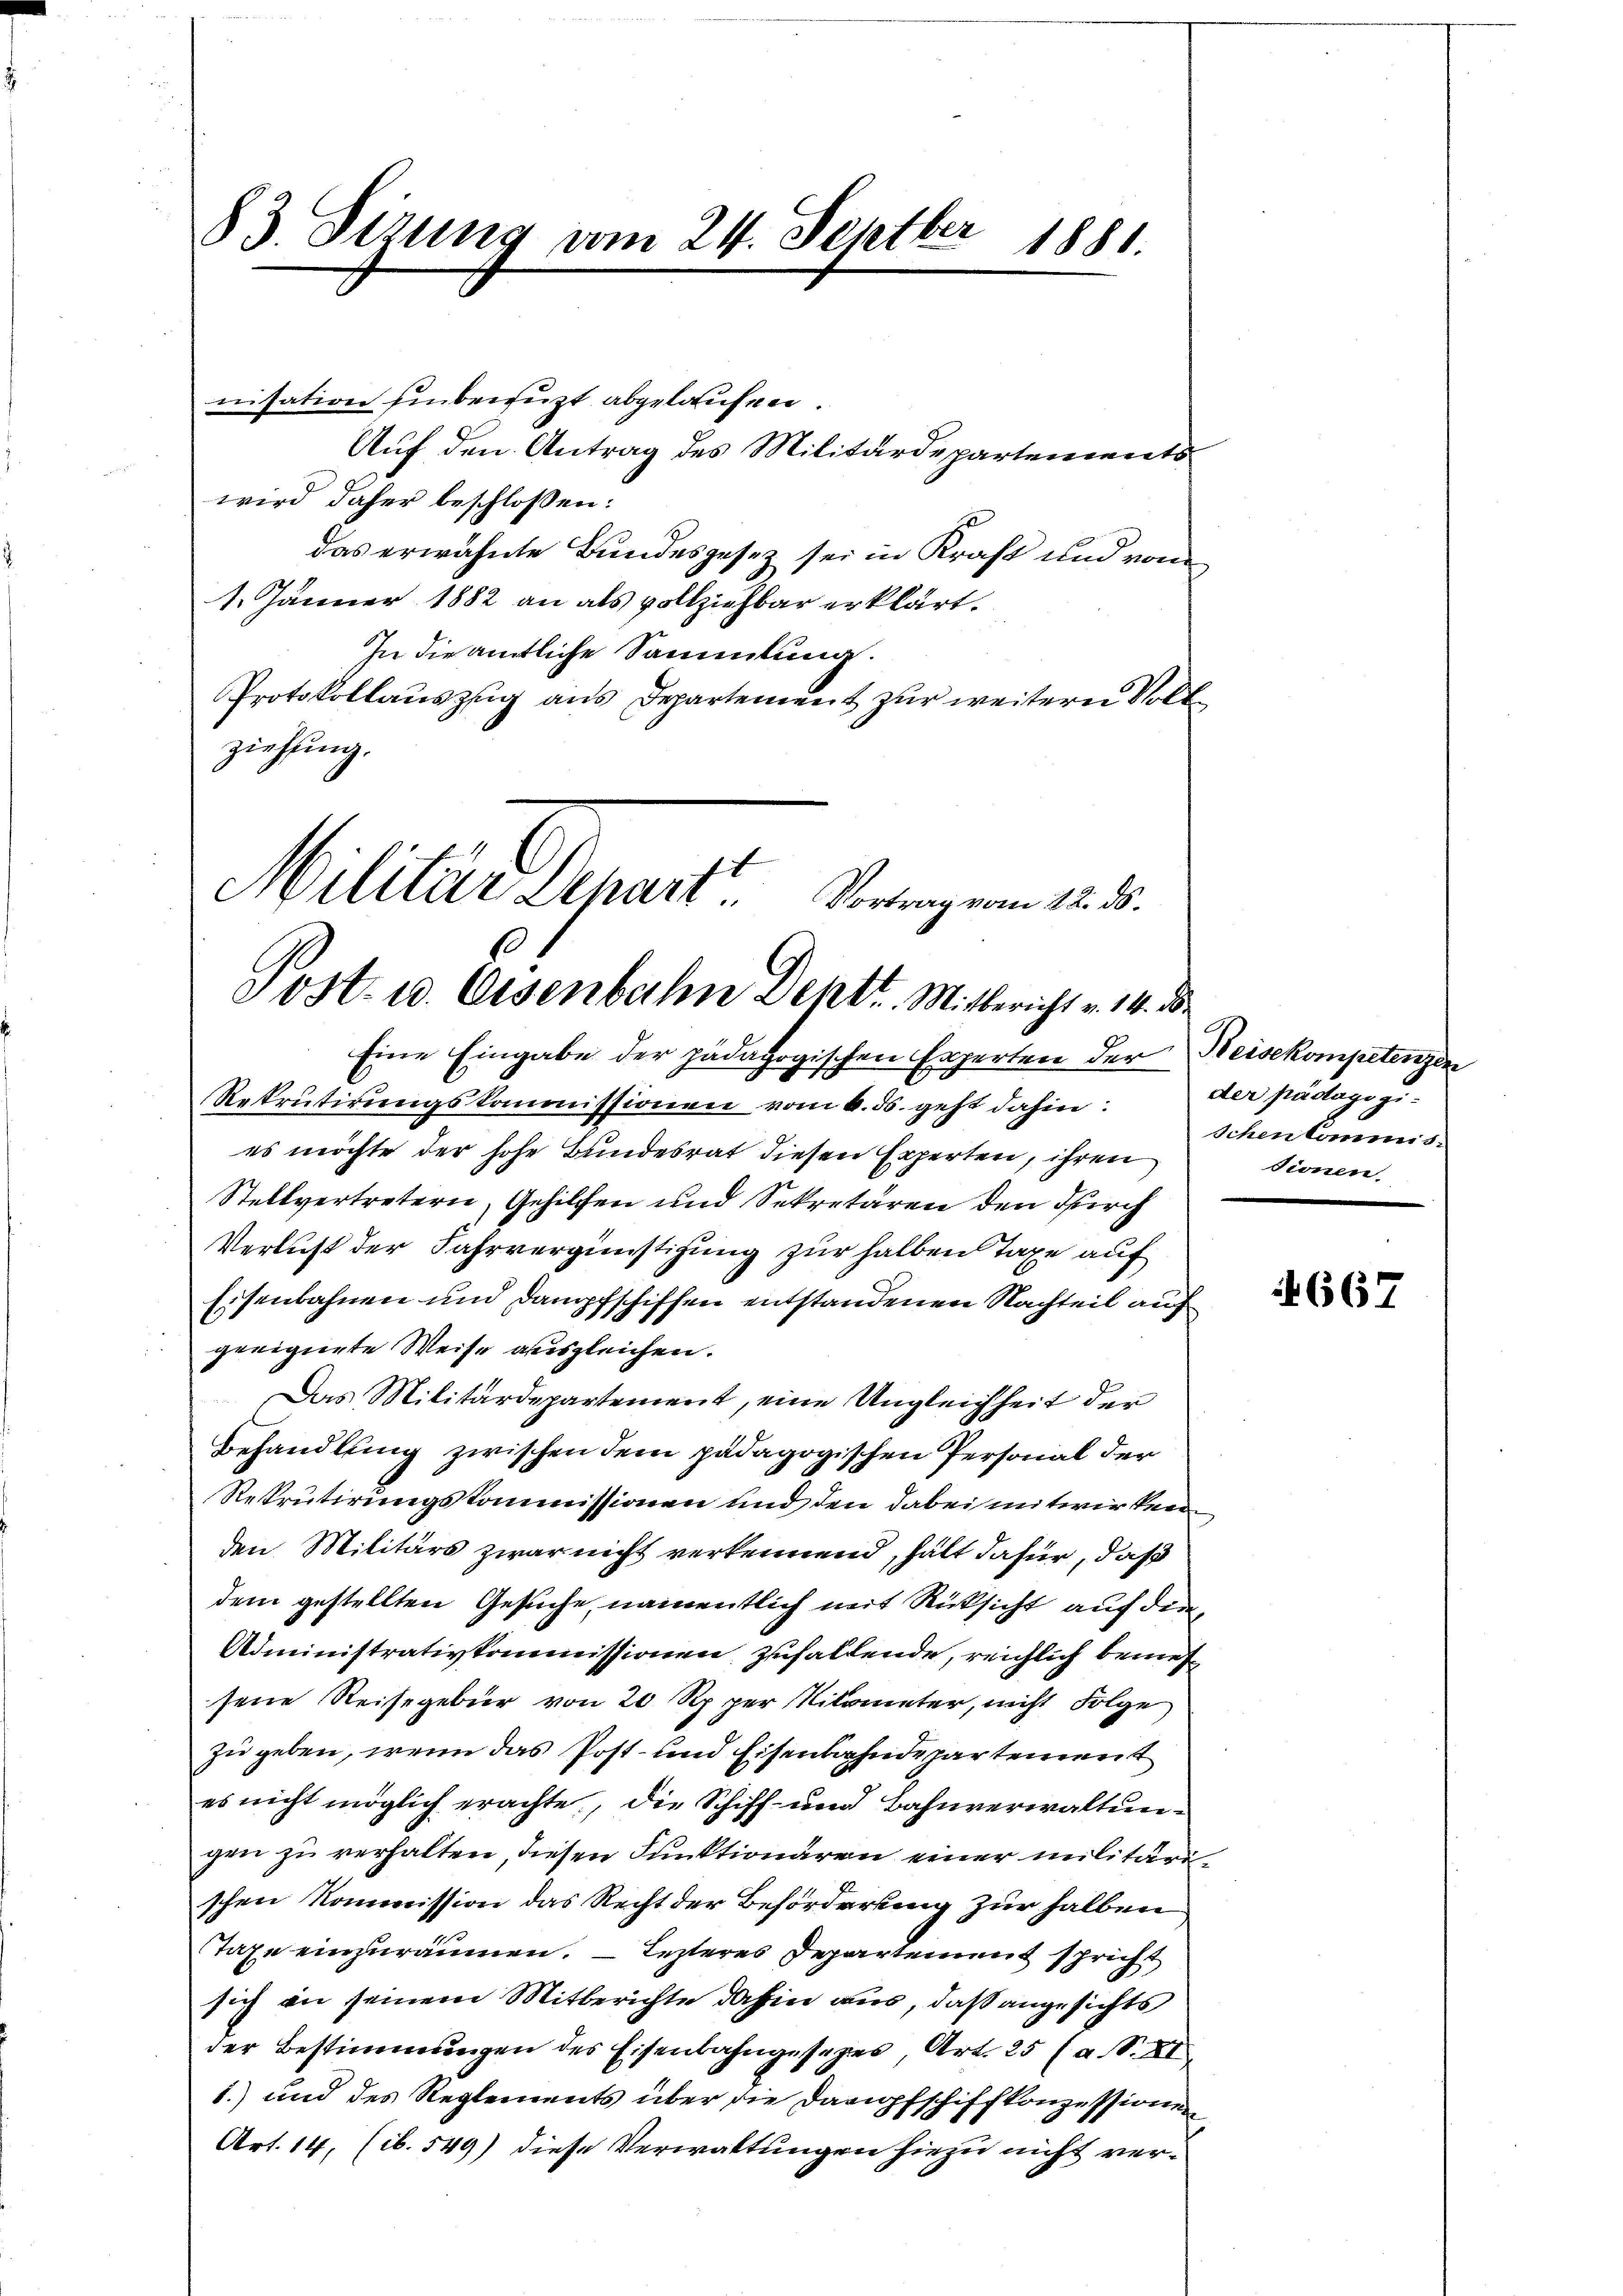
83. Sizung vom 24. Septber 1881.

nisation hinberuht abgelaufen.
Auf den Antrag des Militärdepartements
wird daher beschlossen:
das erwähnte Bundesgesetz sei in Kraft und von
1. Jänner 1882 an als vollziehbar erklärt.
In die amtliche Sammlung.
Protokollauszug aus Departement zur weitern Voll
ziehung.
Eine Eingabe der padagogischen Experten der Beisekompetenzen
Rekrutirungskommissionen vom 6. ds. geht dahin:
es möchte der hohe Bundesrat diesen Experten, ihren
Stellvertretern, Gehilfen und Sekretären den durch
Verlust der Fahrvergünstigung zur halben Taxe auf
Eisenbahnen und Dampfschiffen entstandenen Nachteil auf
geeignete Weise ausgleichen.
Das Militärdepartement, eine Ungleichheit der
Behandlung zwischen dem pädagogischen Personal der
Rekrutirungskommissionen und den dabei mitwirken
den Militärs zwar nicht verkennend, halt dafür, daß
dem gestellten Gesuche, namentlich mit Rücksicht auf dem
Administrativkommissionen zuhaltende, reichlich beneh
sene Reisegebur von 20 Rp. per Nilometer, nicht Folge
zu geben, wenn das Post- und Eisenbahndepartement
es nicht möglich erachte, die Schiff- und Bahnverwaltungen zu verhalten diesen Funktionären einer militäri
schen Kommission das Recht der Beförderung zur halben
Taxe einzuräumen. Lezteres Departement spricht
sich an seinem Mitberichte dahin aus, daß angesichts
der Bestimmungen des Eisenbahngesezes, Art. 25 (a. S. XI
1.) und des Reglements über die Darupfschiffkonzessionen
Art. 14. (ib. 549) diese Verwaltungen hiezu nicht ver¬

Militier Depart Vorangen 18.
Post- u. Eisenbahn Dehtt. Mitbericht v. 14. d.

der pädagogi¬
Schen kommis
sionen.

667